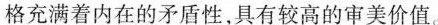
格充满着内在的矛盾性,具有较高的审美价值。